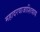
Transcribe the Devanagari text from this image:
महादरवाजाशिवाय